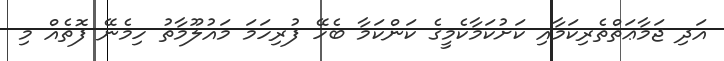
އަދި ޖަމާޢަތްތެރިކަމާއި ކަށުކަމާކެމީގެ ކަންކަމާ ބެހޭ ފުރިހަމަ މައުލޫމާތު ހިމެނޭ ފޮތެއް މި